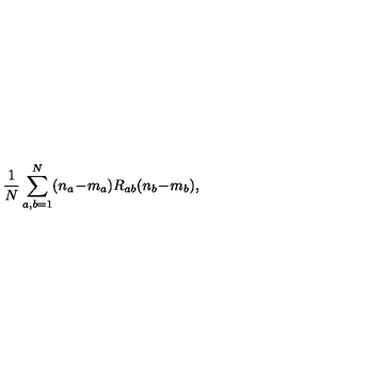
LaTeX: \frac { 1 } { N } \sum _ { a , b = 1 } ^ { N } ( n _ { a } \! - \! m _ { a } ) R _ { a b } ( n _ { b } \! - \! m _ { b } ) ,